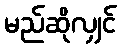
မည်ဆိုလျှင်